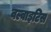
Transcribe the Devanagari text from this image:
वल्वाइटिस